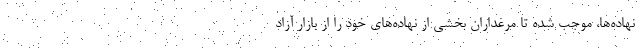
نهاده‌ها، موجب شده تا مرغداران بخشی از نهاده‌های خود را از بازار آزاد